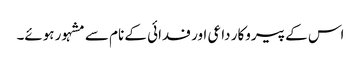
اس کے پیروکار داعی اور فدائی کے نام سے مشہور ہوئے۔